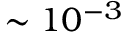
\sim 1 0 ^ { - 3 }